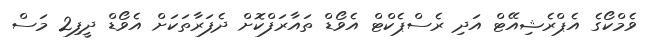
ވެމްކޯގެ އެޕްރެޝިއޭޓް އަދި ރެސްޕެކްޓް އެވޯޑް ތައާރަފްކޮށް ދެފަރާތަކަށް އެވޯޑް ދީފި2 މަސް